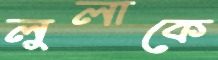
লুলাকে